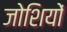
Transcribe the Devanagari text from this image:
जोशियों